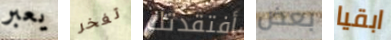
يعبر تفخر أفتقدتك بعض ابقيا